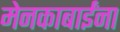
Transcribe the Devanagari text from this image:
मेनकाबाईंना